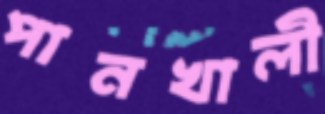
পানখালী